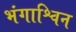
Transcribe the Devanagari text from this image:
भंगाश्विन